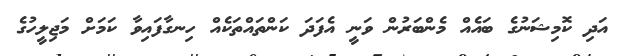
އަދި ކޮމިޝަނުގެ ބައެއް މެންބަރުން ވަނީ އެފަދަ ކަންތައްތަކެއް ހިނގާފައިވާ ކަމަށް މަޖިލީހުގެ